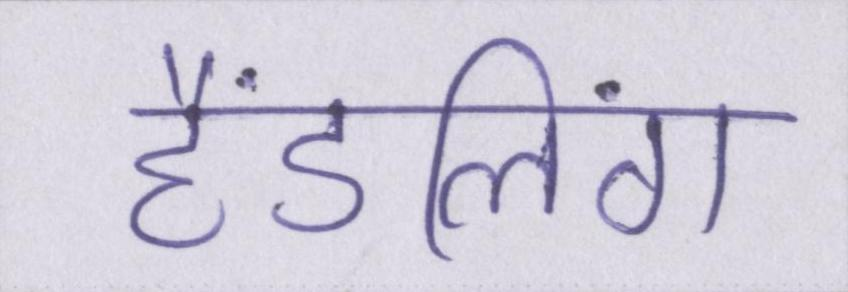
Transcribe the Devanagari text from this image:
हैंडलिंग